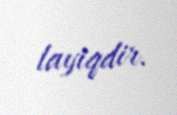
layiqdir.